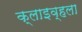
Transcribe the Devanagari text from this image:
क्लाइव्हला